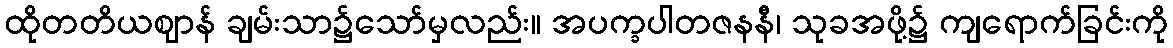
ထိုတတိယဈာန် ချမ်းသာ၌သော်မှလည်း။ အပက္ခပါတဇနနီ၊ သုခအဖို့၌ ကျရောက်ခြင်းကို